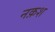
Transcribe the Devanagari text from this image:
नक़श